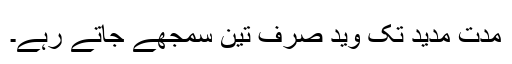
مدت مدید تک وید صرف تین سمجھے جاتے رہے۔